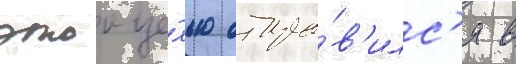
этои це́лью отпра́в'илс'я в